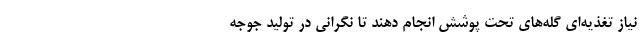
نیاز تغذیه‌ای گله‌های تحت پوشش انجام دهند تا نگرانی در تولید جوجه